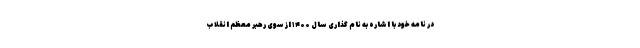
در نامه خود با اشاره به نام گذاری سال ۱۴۰۰ از سوی رهبر معظم انقلاب